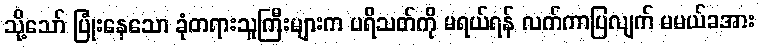
သို့သော် ပြုံးနေသော ခုံတရားသူကြီးများက ပရိသတ်ကို မရယ်ရန် လက်ကာပြလျက် မမယ်ခအား